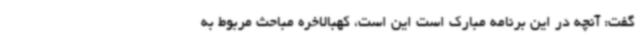
گفت: آنچه در این برنامه مبارک است این است، کهبالاخره مباحث مربوط به